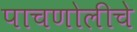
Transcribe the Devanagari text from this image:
पाचणोलीचे